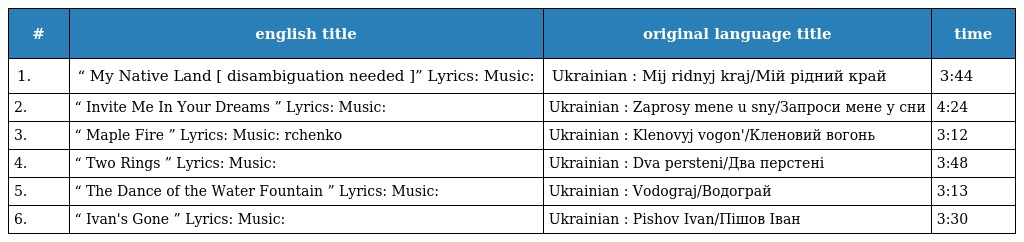
| # | english title | original language title | time |
 | --- | --- | --- | --- |
 | 1. | “ My Native Land [ disambiguation needed ]” Lyrics: Music: | Ukrainian : Mij ridnyj kraj/Мій рідний край | 3:44 |
 | 2. | “ Invite Me In Your Dreams ” Lyrics: Music: | Ukrainian : Zaprosy mene u sny/Запроси мене у сни | 4:24 |
 | 3. | “ Maple Fire ” Lyrics: Music: rchenko | Ukrainian : Klenovyj vogon'/Кленовий вогонь | 3:12 |
 | 4. | “ Two Rings ” Lyrics: Music: | Ukrainian : Dva persteni/Два перстені | 3:48 |
 | 5. | “ The Dance of the Water Fountain ” Lyrics: Music: | Ukrainian : Vodograj/Водограй | 3:13 |
 | 6. | “ Ivan's Gone ” Lyrics: Music: | Ukrainian : Pishov Ivan/Пішов Іван | 3:30 |